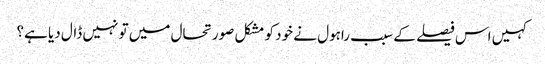
کہیں اس فیصلے کے سبب راہول نے خود کو مشکل صورتحال میں تو نہیں ڈال دیا ہے؟